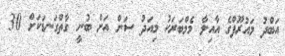
އަބްދު މައުރޫފްގެ އާއިލާ މެމްބަރަކު މިއަދު ސަން އަށް ބުނީ ގާތްގަނޑަކަށް 30